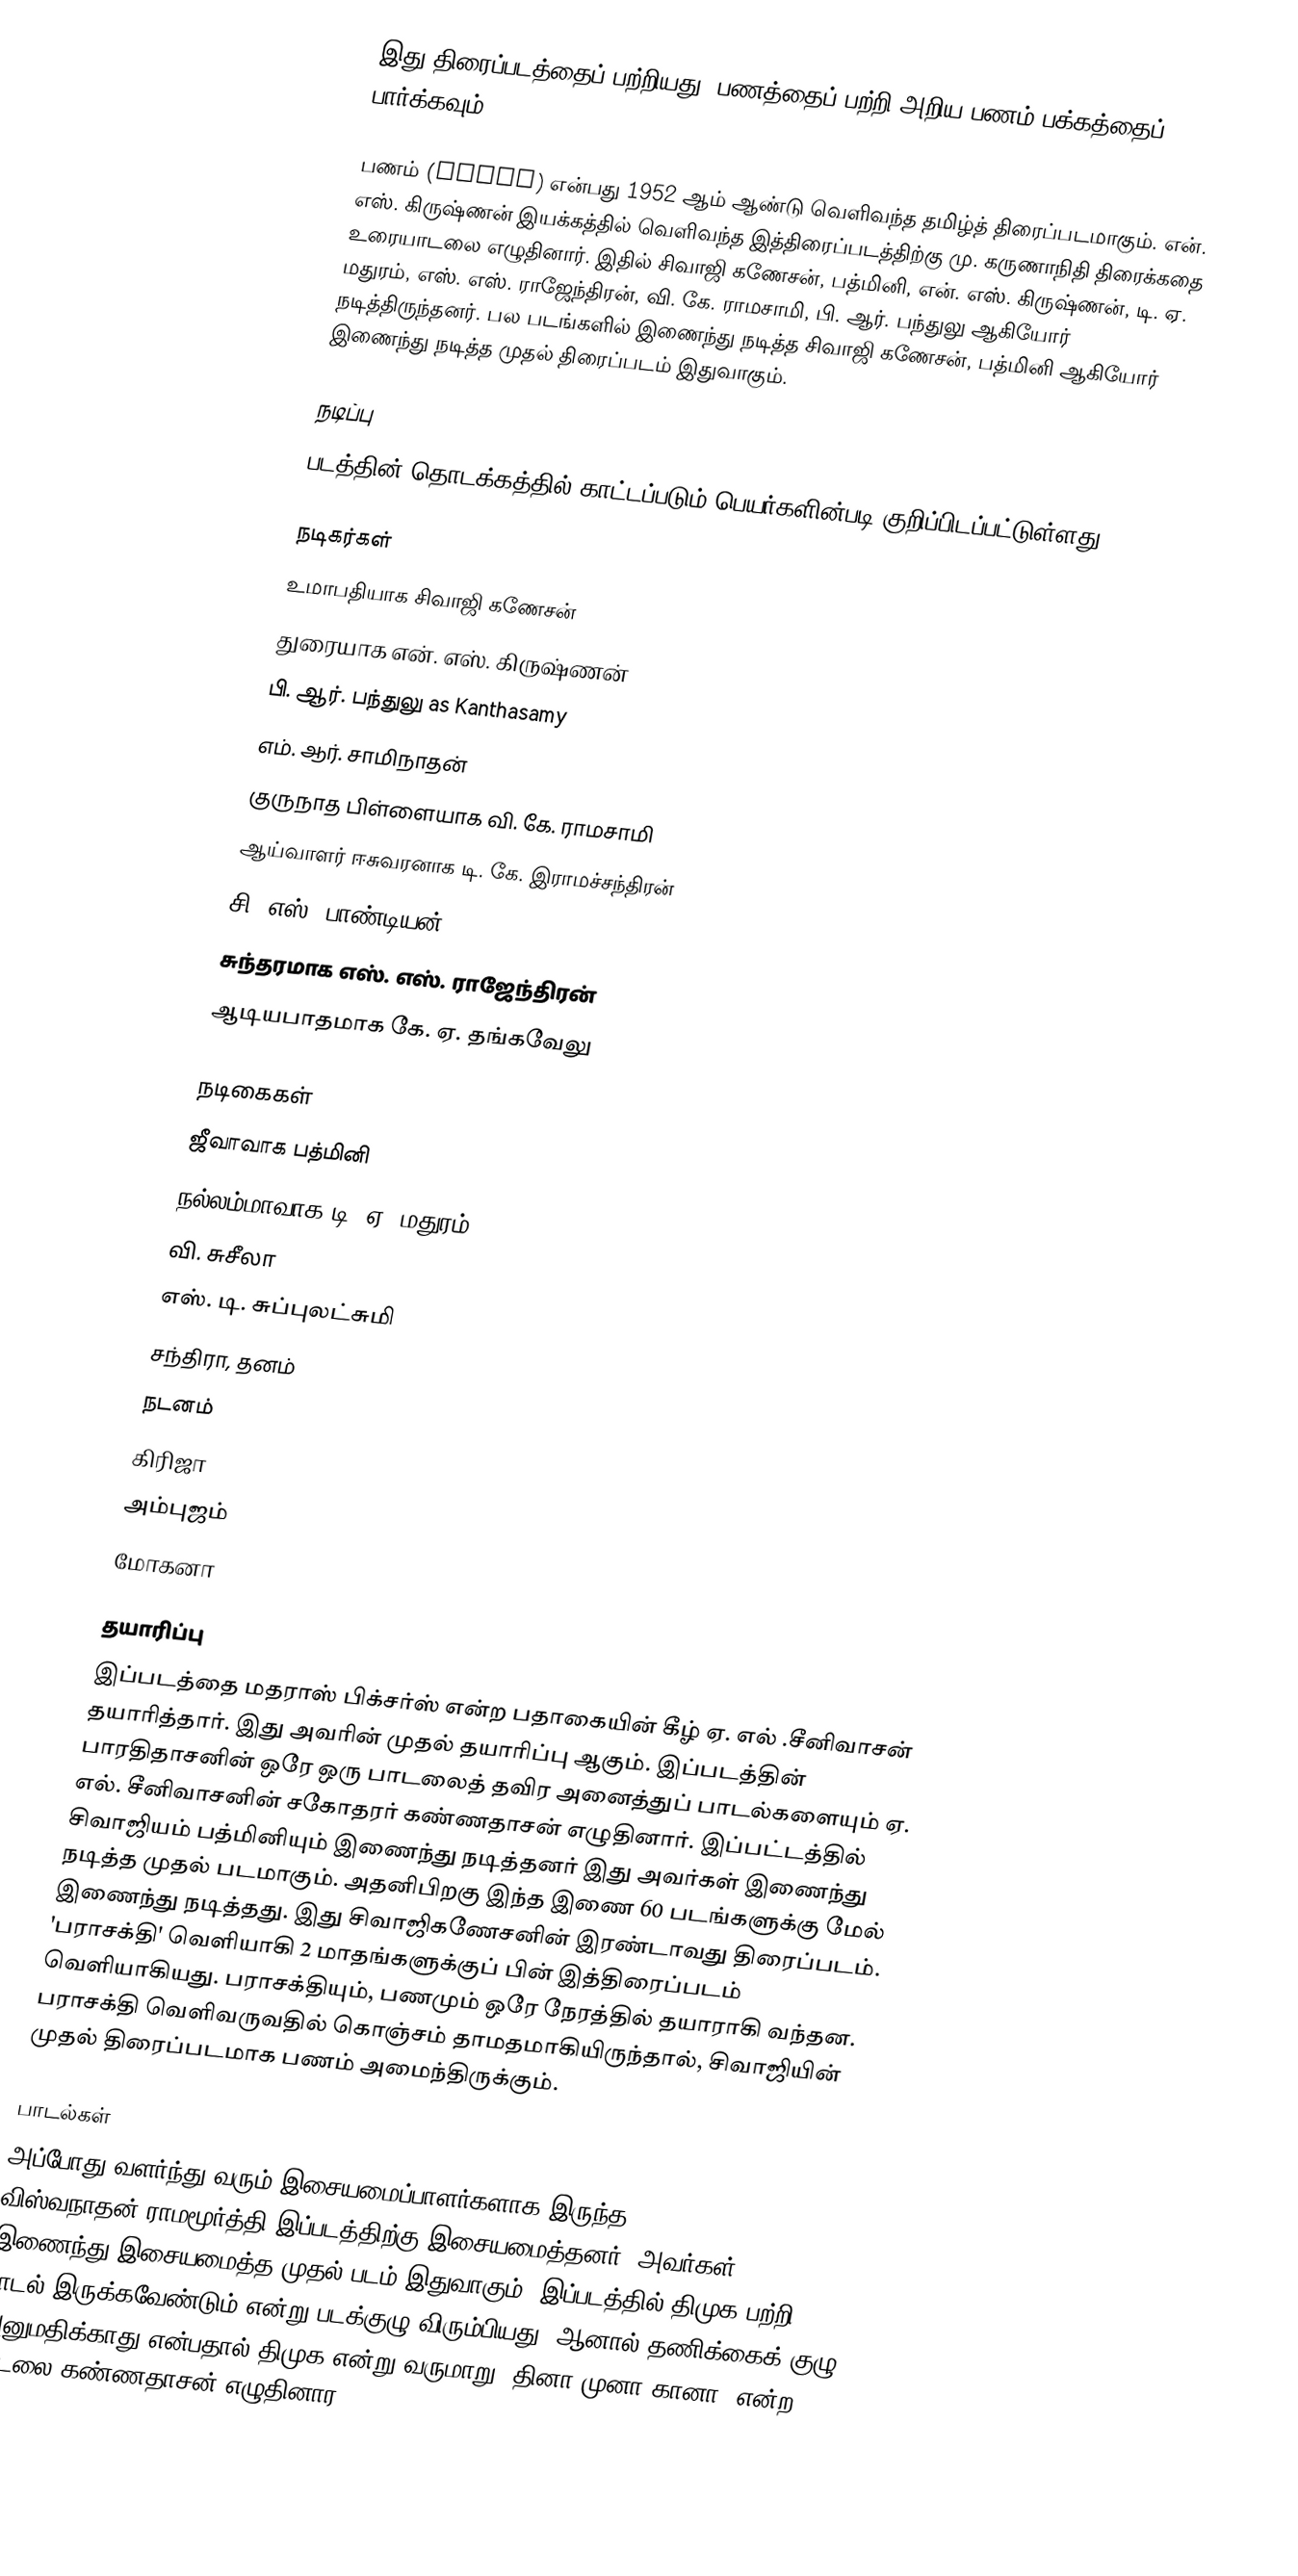
இது திரைப்படத்தைப் பற்றியது. பணத்தைப் பற்றி அறிய பணம் பக்கத்தைப் பார்க்கவும்

பணம் (Panam) என்பது 1952 ஆம் ஆண்டு வெளிவந்த தமிழ்த் திரைப்படமாகும். என். எஸ். கிருஷ்ணன் இயக்கத்தில் வெளிவந்த இத்திரைப்படத்திற்கு மு. கருணாநிதி திரைக்கதை உரையாடலை எழுதினார். இதில் சிவாஜி கணேசன், பத்மினி, என். எஸ். கிருஷ்ணன், டி. ஏ. மதுரம், எஸ். எஸ். ராஜேந்திரன், வி. கே. ராமசாமி, பி. ஆர். பந்துலு ஆகியோர் நடித்திருந்தனர். பல படங்களில் இணைந்து நடித்த சிவாஜி கணேசன், பத்மினி ஆகியோர் இணைந்து நடித்த முதல் திரைப்படம் இதுவாகும்.

நடிப்பு
படத்தின் தொடக்கத்தில் காட்டப்படும் பெயர்களின்படி குறிப்பிடப்பட்டுள்ளது

நடிகர்கள்
 உமாபதியாக சிவாஜி கணேசன்
 துரையாக என். எஸ். கிருஷ்ணன்
 பி. ஆர். பந்துலு as Kanthasamy
 எம். ஆர். சாமிநாதன்
 குருநாத பிள்ளையாக வி. கே. ராமசாமி
 ஆய்வாளர் ஈசுவரனாக டி. கே. இராமச்சந்திரன்
 சி. எஸ். பாண்டியன்
 சுந்தரமாக எஸ். எஸ். ராஜேந்திரன்
 ஆடியபாதமாக கே. ஏ. தங்கவேலு

நடிகைகள்
 ஜீவாவாக பத்மினி
 நல்லம்மாவாக டி. ஏ. மதுரம்
 வி. சுசீலா
 எஸ். டி. சுப்புலட்சுமி
 சந்திரா, தனம்
நடனம்
 கிரிஜா
 அம்புஜம்
 மோகனா

தயாரிப்பு
இப்படத்தை மதராஸ் பிக்சர்ஸ் என்ற பதாகையின் கீழ் ஏ. எல் .சீனிவாசன் தயாரித்தார். இது அவரின் முதல் தயாரிப்பு ஆகும். இப்படத்தின் பாரதிதாசனின் ஒரே ஒரு பாடலைத் தவிர அனைத்துப் பாடல்களையும் ஏ. எல். சீனிவாசனின் சகோதரர் கண்ணதாசன் எழுதினார். இப்பட்டத்தில் சிவாஜியம் பத்மினியும் இணைந்து நடித்தனர் இது அவர்கள் இணைந்து நடித்த முதல் படமாகும். அதனிபிறகு இந்த இணை 60 படங்களுக்கு மேல் இணைந்து நடித்தது.  இது சிவாஜிகணேசனின் இரண்டாவது திரைப்படம். 'பராசக்தி' வெளியாகி 2 மாதங்களுக்குப் பின் இத்திரைப்படம் வெளியாகியது. பராசக்தியும், பணமும் ஒரே நேரத்தில் தயாராகி வந்தன. பராசக்தி வெளிவருவதில் கொஞ்சம் தாமதமாகியிருந்தால், சிவாஜியின் முதல் திரைப்படமாக பணம் அமைந்திருக்கும்.

பாடல்கள்
அப்போது வளர்ந்து வரும் இசையமைப்பாளர்களாக இருந்த விஸ்வநாதன்-ராமமூர்த்தி இப்படத்திற்கு இசையமைத்தனர். அவர்கள் இணைந்து இசையமைத்த முதல் படம் இதுவாகும். இப்படத்தில் திமுக பற்றி பாடல் இருக்கவேண்டும் என்று படக்குழு விரும்பியது. ஆனால் தணிக்கைக் குழு அனுமதிக்காது என்பதால் திமுக என்று வருமாறு 'தினா முனா கானா' என்ற பாடலை கண்ணதாசன் எழுதினார